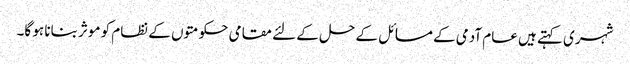
شہری کہتے ہیں عام آدمی کے مسائل کے حل کے لئے مقامی حکومتوں کے نظام کو موثر بنانا ہو گا۔